Insane asylums Bombay 1873-77 - 1873-1877
Year: 1873
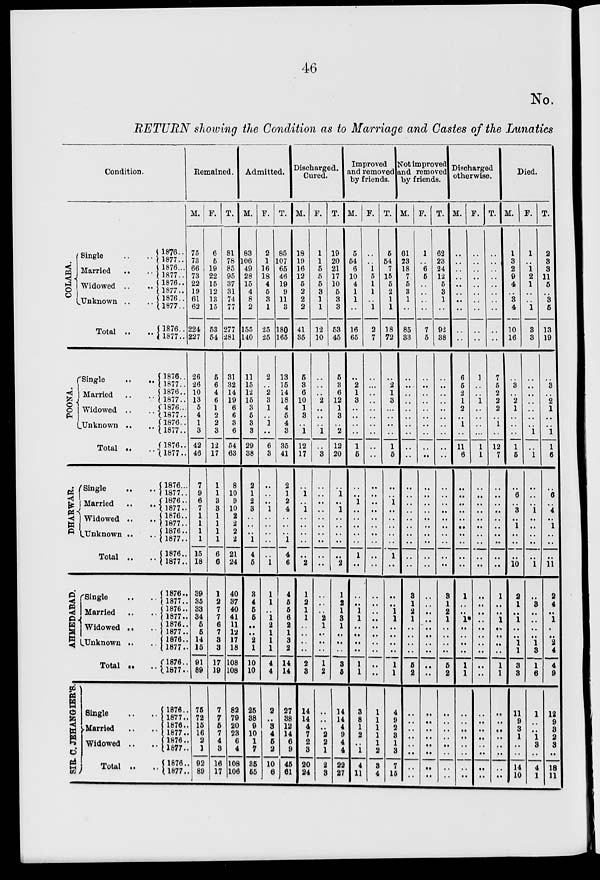
46
No.
RETURN showing the Condition as to Marriage and Castes of the Lunatics
Condition.
COLABA.
Single
..
..
Married
..
..
Widowed ..
..
Unknown ..
..
Total ..
..
POONA.
Single
..
..
Married
..
..
Widowed ..
..
Unknown .. ..
Total ..
..
DHARWAR.
Single
..
..
Married
..
..
Widowed .. ..
Unknown ..
..
Total ..
..
AHMEDABAD.
Single .. ..
Married .. ..
Widowed .. ..
Unknown .. ..
Total .. ..
SIR C. JEHANGIER'S.
Single .. ..
Married .. ..
Widowed .. ..
Total .. ..
1876 ..
1877 ..
1876 ...
L877 ..
L876 ..
1877 ..
1876 ..
1877 ..
1876 ..
1877 ..
1876 ..
1877 ..
1876 ..
1877 ..
1876 ...
1877..
1876 ..
1877 ..
1876 ..
1877 ..
1876 ...
1877 ..
1876 ..
1877 ..
1876 ..
1877 ..
1876 ..
1877 ..
1876 ..
1877 ..
1876 ..
1877 ..
1876 ..
1877..
1876 ..
1877 ..
1876 ..
1877 ..
l876 ..
1877 ..
1876 ..
1877 ..
1876 ..
1877 ..
1876 ..
1877 ..
1876 ..
1877 ..
Remained.
M.
75
73
66
73
22
19
61
62
224
227
26
26
10
13
5
4
1
3
42
46
7
9
6
7
1
1
1
1
15
18
39
35
33
34
5
5
14
15
91
89
75
72
15
16
2
1
92
89
F.
6
5
19
22
15
12
13
15
53
54
5
6
4
6
1
2
2
3
12
17
1
1
3
3
1
1
1
1
6
6
1
2
7
7
6
7
3
3
17
19
7
7
5
7
4
3
16
17
T.
81
78
85
95
37
31
74
77
277
281
31
32
14
19
6
6
3
6
54
63
8
10
9
10
2
2
2
2
21
24
40
37 40
41
11
12
17
18
108
108
82
79
20
23
6
4
108
106
Admitted.
M.
83
106
49
28
15
4
8
2
155
140
11
15
12
15
3
5
3
3
29
38
2
1
2
3
..
..
..
1
4
5
3
4
5
5
..
..
2
1
10
10
25
38
9
10
1
7
35
55
F.
2
1
16
18
4
5
3
1
25
25
2
..
2
3
1
..
1
..
6
3
..
..
..
1
..
..
..
..
..
1
1
1
..
1
2
1
1
1
4
4
2
..
3
4
5
2
10
6
T.
85
107
65
46
19
9
11
3
180
165
13
15
14
18
4
5
4
3
35
41
2
1
2
4
..
..
..
1
4
6
4
5
5
6
2
1
3
2
14
14
27
38
12
14
6
9
45
61
Discharged.
Cured.
M.
18
19
16
12
5
2
2
2
41
35
5
3
6
10
1
3
..
1
12
17
..
1
..
1
..
..
..
..
..
2
1
2
1
1
..
..
..
..
2
3
14
14
4
7
2
3
20
24
F.
1
1
5
5
5
3
1
1
12
10
..
..
..
2
..
..
..
1
..
3
..
..
..
..
..
..
..
..
..
..
..
..
..
2
1
..
..
..
1
2
..
..
..
2
2
1
2
3
T.
19
20
21
17
10
5
3
3
53
45
5
3
6
12
1
3
..
2
12
20
..
1
..
1
..
..
..
..
..
2
1
2
1
3
1
..
..
..
3
5
14
14
4
9
4
4
22
27
Improved
and removed
by friends.
M.
5
54
6
10
4
1
1
..
16
65
..
2
1
3
..
..
..
..
1
5
..
..
1
..
..
..
..
..
1
..
..
..
1
1
..
..
..
..
1
1
3
8
1
2
..
1
4
11
F.
..
..
1
5
1
1
..
1
2
7
..
..
..
..
..
..
..
..
..
..
..
..
..
..
..
..
..
..
..
..
..
..
..
..
..
..
..
..
..
..
1
1
1
1
1
2
3
4
T.
5
54
7
15
5
2
1
1
18
72
..
2
1
3
..
..
..
..
1
5
..
..
1
..
..
..
..
..
1
..
..
..
1
1
..
..
..
..
1
1
4
9
2
3
1
3
7
15
Not improved
and removed
by friends.
M.
61
23
18
7
5
3
1
..
85
33
..
..
..
..
..
..
..
..
..
..
..
..
..
..
..
..
..
..
..
..
3
1
2
1
..
..
..
..
5
2
..
..
..
..
..
..
..
..
F.
1
..
6
5
..
..
..
..
7
5
..
..
..
..
..
..
..
..
..
..
..
..
..
..
..
..
..
..
..
..
..
..
..
..
..
..
..
..
..
..
..
..
..
..
..
..
..
..
T.
62
23
24
12
5
3
1
..
92
38
..
..
..
..
..
..
..
..
..
..
..
..
..
..
..
..
..
..
..
..
3
1
2
1
..
..
..
..
5
2
..
..
..
..
..
..
..
..
Discharged
otherwise.
M.
..
..
..
.. ..
..
..
..
..
..
6
5
2
1
2
..
1
..
11
6
..
..
..
..
..
..
..
..
..
..
1
..
..
1*
..
..
..
..
1
1
..
..
..
..
..
..
..
..
F.
..
..
..
.. ..
..
..
..
..
..
1
..
..
1
..
..
..
..
1
1
..
..
..
..
..
..
..
..
..
..
..
..
..
..
..
..
..
..
..
..
..
..
..
..
..
..
..
..
T.
..
..
..
.. ..
..
..
..
..
..
7
5
2
2
2
..
1
..
12
7
..
..
..
..
..
..
..
..
..
..
1
..
..
1
..
..
..
..
1
1
..
..
..
..
..
..
..
..
Died.
M.
1
3
2
9
4
..
3
4
10
16
..
3
..
2
1
..
..
..
1
5
..
6
..
3
..
1
..
..
..
10
2
1
..
1
..
..
1
1
3
3
11
9
3
1
..
..
14
10
F.
1
..
1
2
1
..
..
1
3
3
..
..
..
..
..
..
..
1
..
1
..
..
..
1
..
..
..
..
..
1
..
3
..
..
..
..
1
3
1
6
1
..
..
1
3
..
4
1
T.
2
3
3
11
5
..
3
5
13
19
..
3
..
2
1
..
..
1
1
6
..
6
..
4
..
1
..
..
..
11
2
4
..
1
..
..
2
4
4
9
12
9
3
2
3
..
18
11